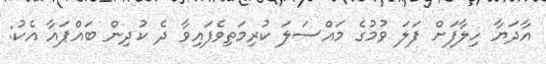
އާދަޔާ ހިލާފަށް ފަލަ ވުމުގެ މައްސަލަ ކުރިމަތިވެފައިވާ ދެ ކުދިން ބައްޕައާ އެކު: